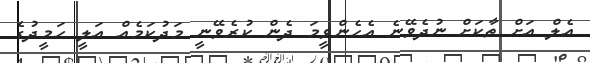
އެލް އަށް ތާކަށް ނުދެވޭނެ އެހެންވީމަ ދެން ކުރެވޭނީ މަދުކަމެއް އަލީ ހަމީދުގެ